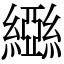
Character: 𬘃